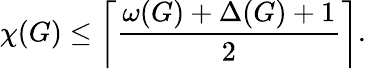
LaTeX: \chi(G)\leq\left\lceil{\frac{\omega(G)+\Delta(G)+1}{2}}\right\rceil.